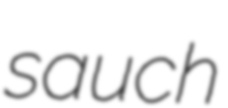
sauch